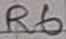
Text: R6